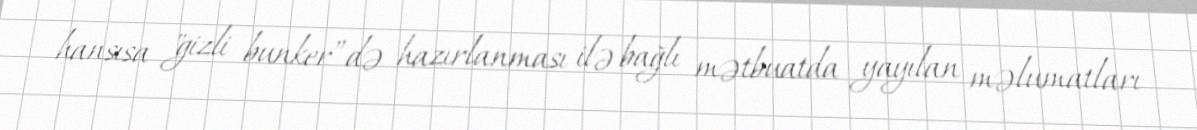
hansısa "gizli bunker”də hazırlanması ilə bağlı mətbuatda yayılan məlumatları